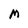
Character: M